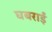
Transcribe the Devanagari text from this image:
घबराईं